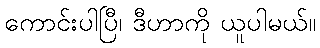
ကောင်းပါပြီ၊ ဒီဟာကို ယူပါမယ်။